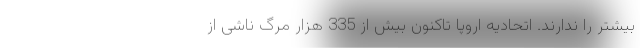
بیشتر را ندارند. اتحادیه اروپا تاکنون بیش از 335 هزار مرگ ناشی از